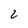
Character: 2